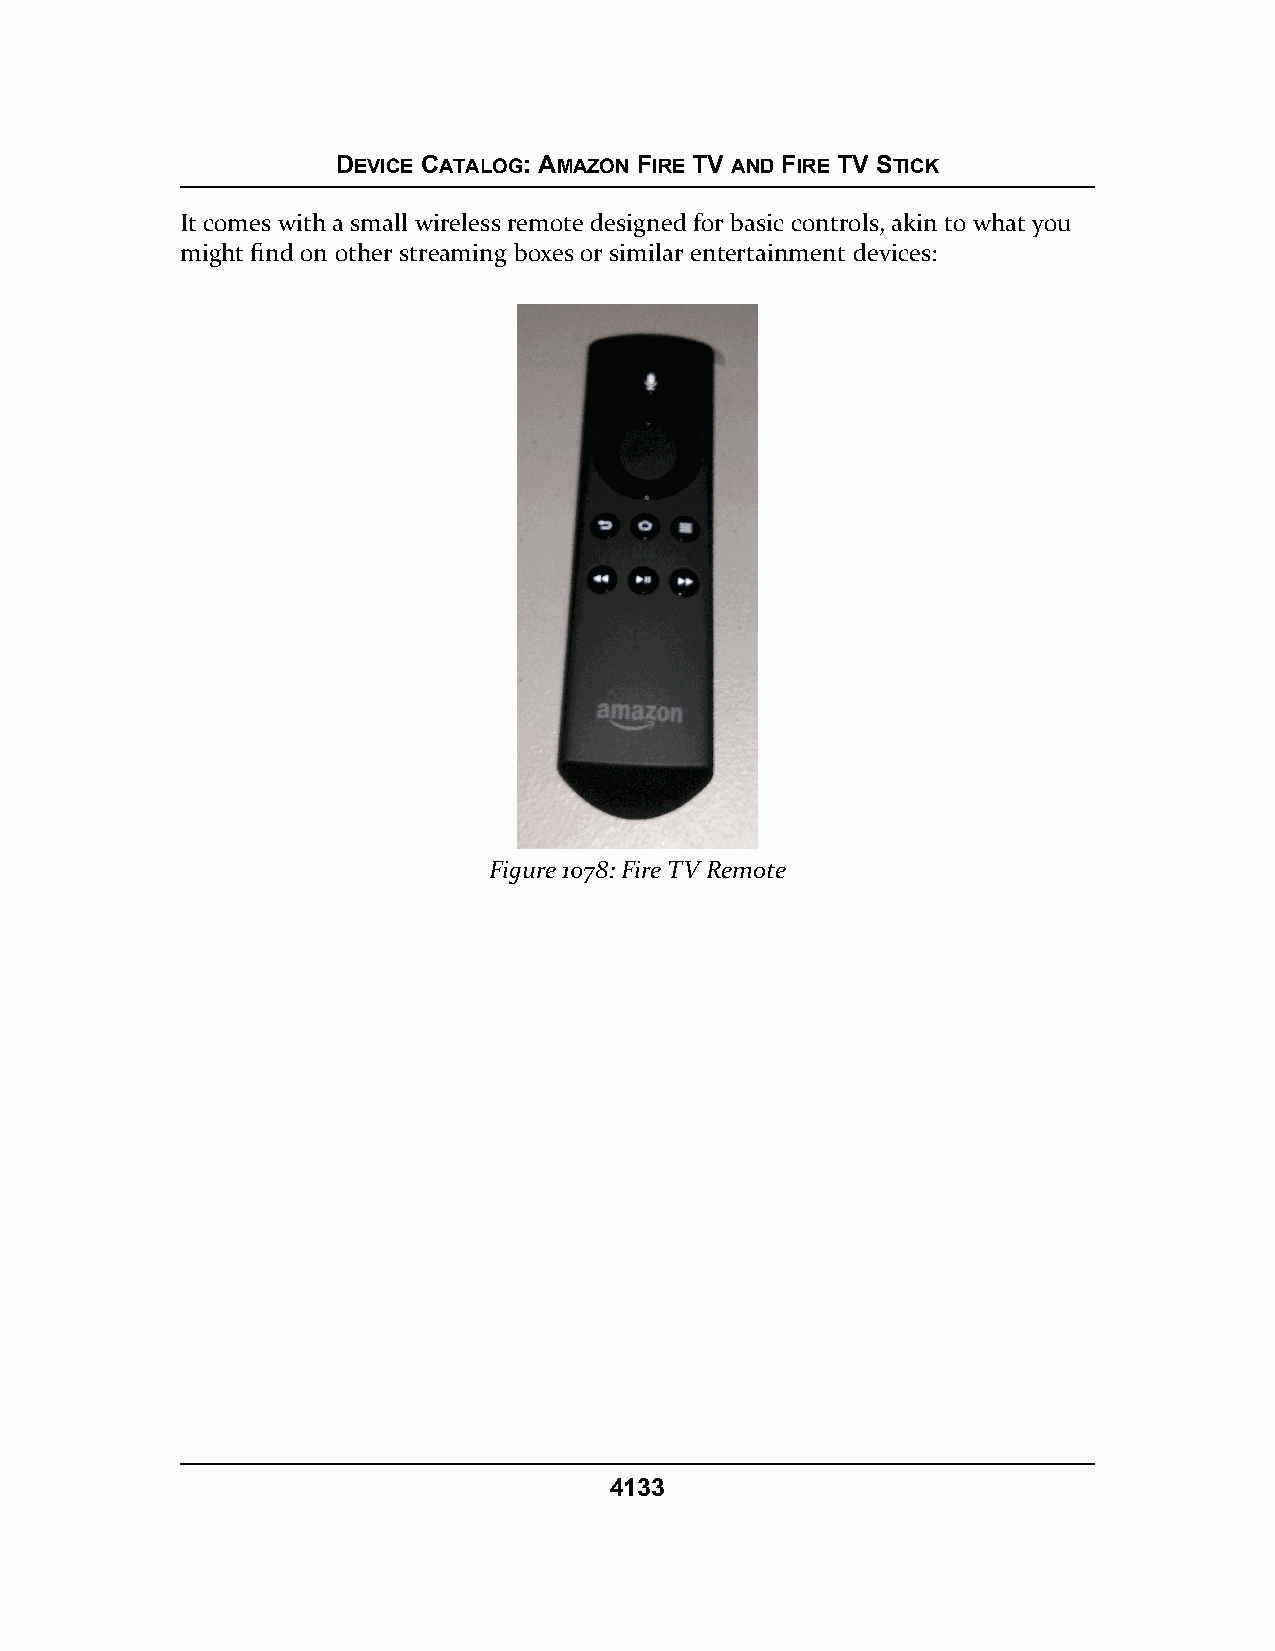
DEVICE CATALOG: AMAZON FIRE TV AND FIRE TV STICK
 It comes with a small wireless remote designed for basic controls, akin to what you
 might find on other streaming boxes or similar entertainment devices:
 Figure 1078: Fire TV Remote
 4133